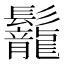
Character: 𩰀